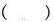
（ ）